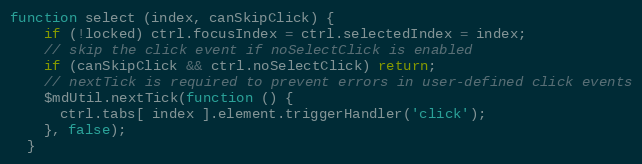
Language: JavaScript
function select (index, canSkipClick) {
    if (!locked) ctrl.focusIndex = ctrl.selectedIndex = index;
    // skip the click event if noSelectClick is enabled
    if (canSkipClick && ctrl.noSelectClick) return;
    // nextTick is required to prevent errors in user-defined click events
    $mdUtil.nextTick(function () {
      ctrl.tabs[ index ].element.triggerHandler('click');
    }, false);
  }